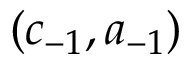
( c _ { - 1 } , a _ { - 1 } )